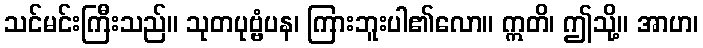
သင်မင်းကြီးသည်။ သုတပုဗ္ဗံပန၊ ကြားဘူးပါ၏လော။ ဣတိ၊ ဤသို့။ အာဟ၊